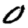
Digit: 0